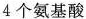
4个氨基酸